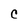
Character: C